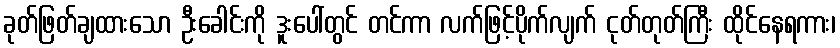
ခုတ်ဖြတ်ချထားသော ဦးခေါင်းကို ဒူးပေါ်တွင် တင်ကာ လက်ဖြင့်ပိုက်လျက် ငုတ်တုတ်ကြီး ထိုင်နေရကား၊